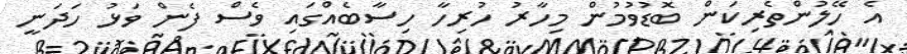
އެ ހޭލުންތެރިކަން ބޮޑުވުމުން މިހާރު ހުރިހާ ހިސާބެއްގައި ވެސް ފެން ވަޅު ހަދަނީ